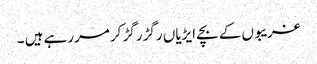
غریبوں کے بچے ایڑیاں رگڑ رگڑ کر مررہے ہیں ۔